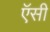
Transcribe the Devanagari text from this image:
ऍसी